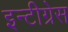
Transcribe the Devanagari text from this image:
इन्टीग्रेस